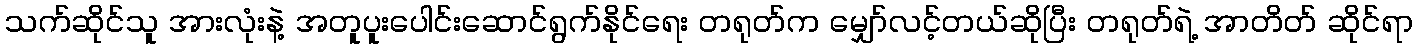
သက်ဆိုင်သူ အားလုံးနဲ့ အတူပူးပေါင်းဆောင်ရွက်နိုင်ရေး တရုတ်က မျှော်လင့်တယ်ဆိုပြီး တရုတ်ရဲ့ အာတိတ် ဆိုင်ရာ